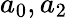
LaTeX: a_{0},a_{2}